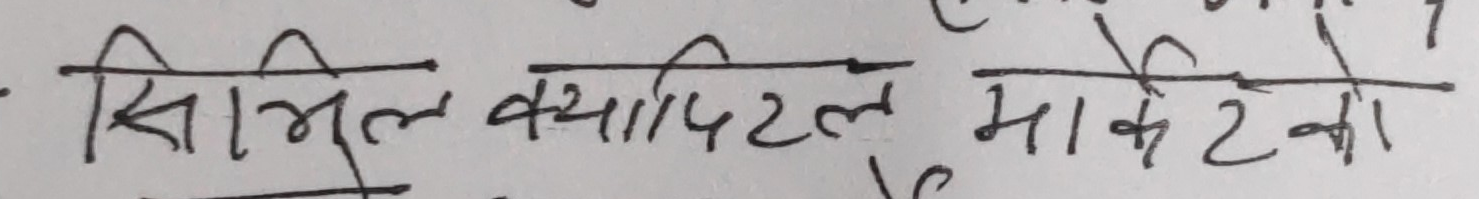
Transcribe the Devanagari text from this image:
सिभिल क्यापिटल मार्केटको